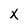
Character: X